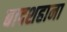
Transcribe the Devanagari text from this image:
बादशहाना